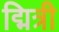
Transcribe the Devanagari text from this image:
द्मित्री